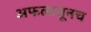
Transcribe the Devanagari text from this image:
अफलातूनच